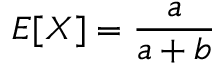
E [ X ] = \frac { a } { a + b }